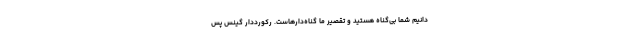
‌دانیم شما بی‌گناه هستید و تقصیر ما گناه‌دارهاست. رکورددار گینس پس